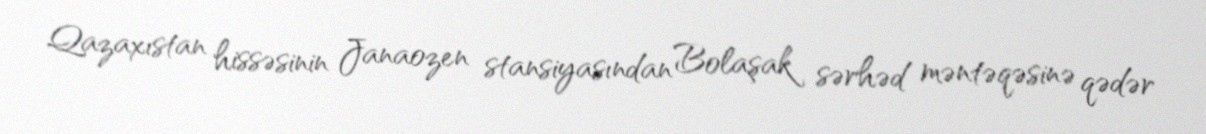
Qazaxıstan hissəsinin Janaozen stansiyasından Bolaşak sərhəd məntəqəsinə qədər